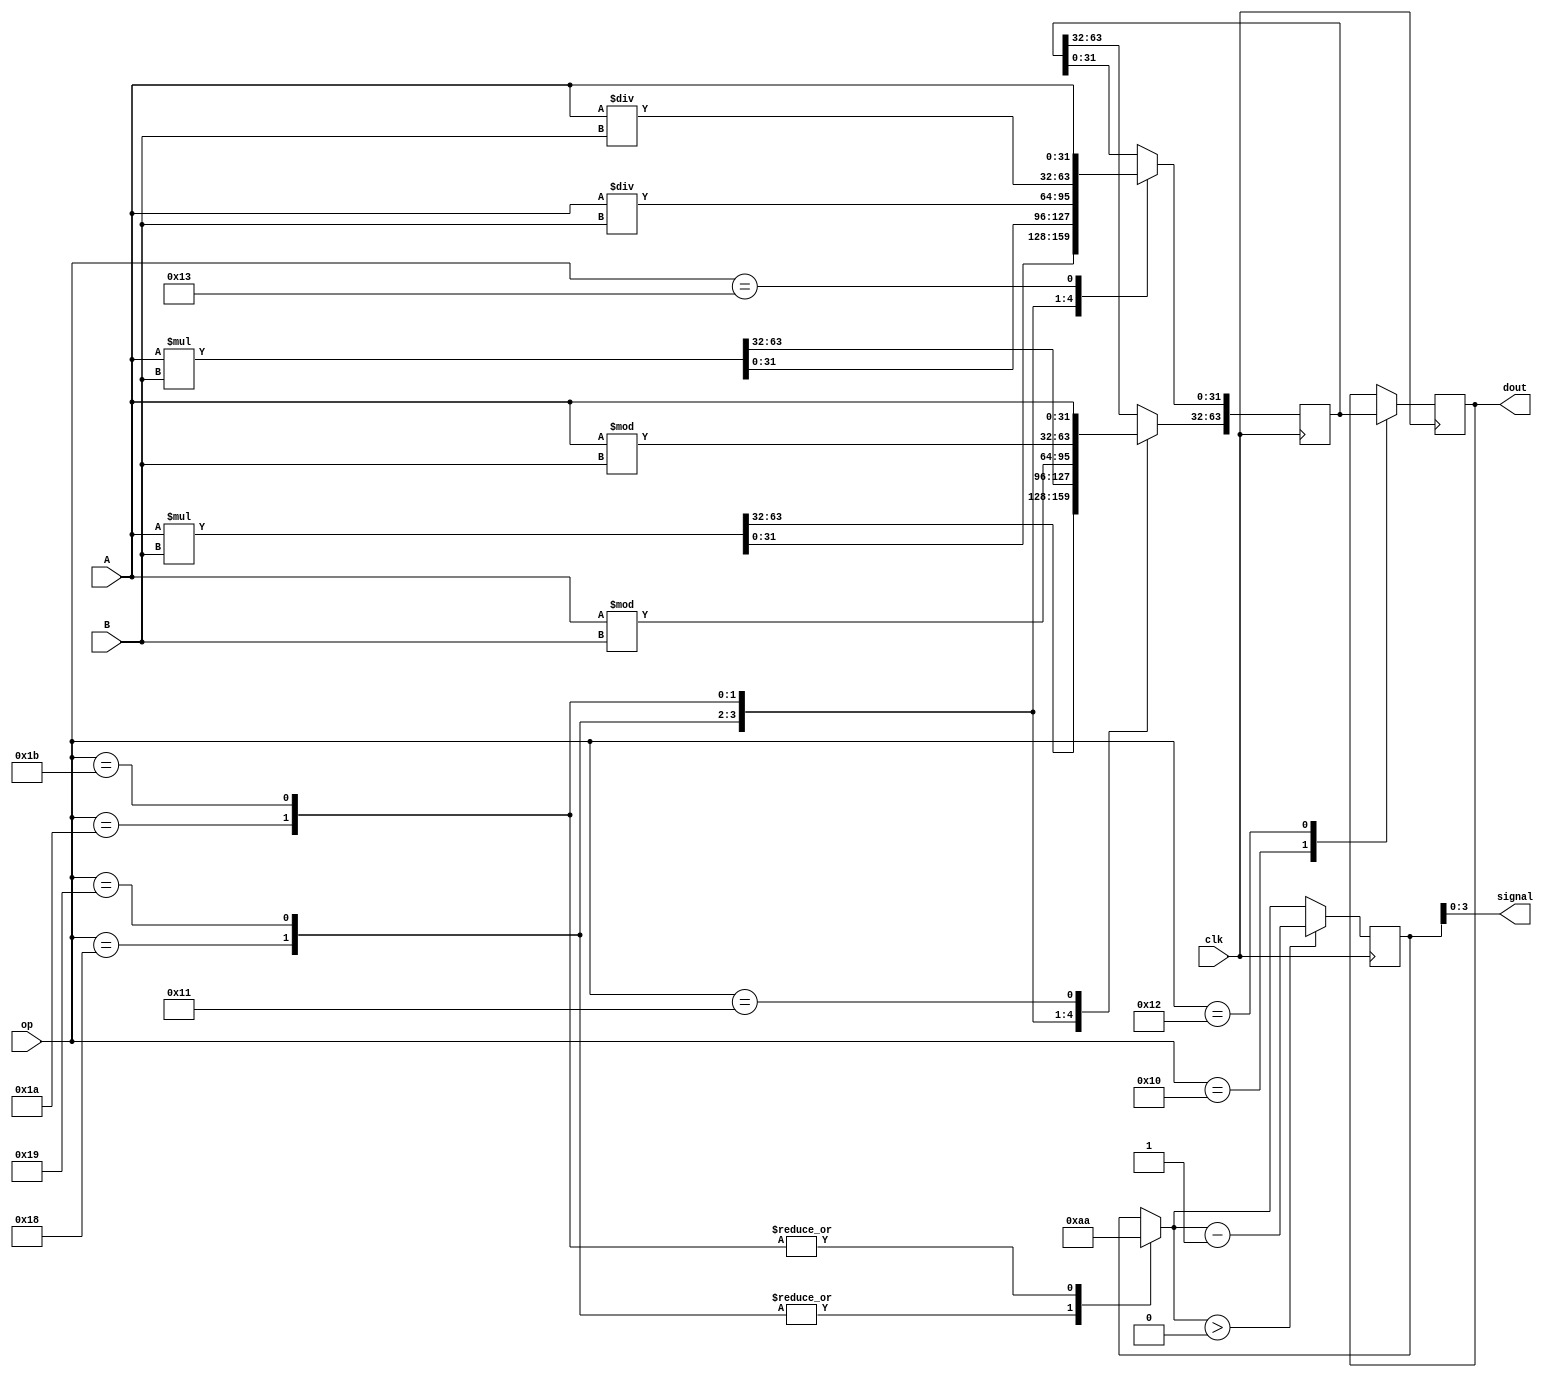
`timescale 1ns / 1ps
//////////////////////////////////////////////////////////////////////////////////
// Company: 
// Engineer: 
// 
// Design Name: 
// Module Name: MAD
// Project Name: 
// Target Devices: 
// Tool Versions: 
// Description: 
// 
// Dependencies: 
// 
// Revision:
// Revision 0.01 - File Created
// Additional Comments:
// 
//////////////////////////////////////////////////////////////////////////////////


module MAD(
    A,B,op,signal,dout,clk
    );
    input clk;
    input [31:0] A,B;
    input [5:0] op;
    output [3:0] signal;
    output reg [31:0] dout;
    reg [63:0] result;
    reg [4:0] busy;
    initial
    begin
        result=0;
        busy=0;
    end
    always@(negedge clk)
    begin
//    function [63:0] mult_and_div;
//        input [5:0] op;
        case(op)
        6'b011000:
        begin
            result=$signed(A)*$signed(B);
            busy=5;
        end
        6'b011001:
        begin
            result=A*B;
            busy=5;
        end
        6'b011010:
        begin
            result[31:0]=$signed(A)/$signed(B);
            result[63:32]=$signed(A)%$signed(B);
            //result[63:32]=A%B;
            busy=10;
        end
        6'b011011:
        begin
            result[31:0]=A/B;
            result[63:32]=A%B;
            busy=10;
        end
        6'b010000:dout=result[63:32];
        6'b010010:dout=result[31:0];

        6'b010001:result[63:32]=A;
        6'b010011:result[31:0]=A;
        endcase
        if(busy>0) busy=busy-1;
    end
    assign signal=busy;
endmodule